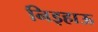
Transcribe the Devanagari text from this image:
निइहाऊ